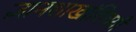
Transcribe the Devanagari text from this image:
ज्ञानशाखांविषयी